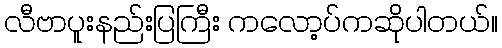
လီဗာပူးနည်းပြကြီး ကလော့ပ်ကဆိုပါတယ်။